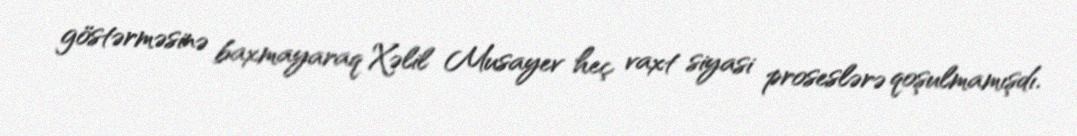
göstərməsinə baxmayaraq Xəlil Musayev heç vaxt siyasi proseslərə qoşulmamışdı.